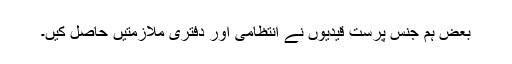
بعض ہم جنس پرست قیدیوں نے انتظامی اور دفتری ملازمتیں حاصل کیں۔